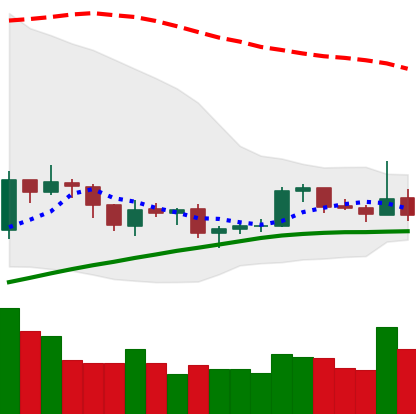
Ticker: LTC-USD
Chart end date: 2019-08-06
Forward return: -3.564%
Label: down_3_5